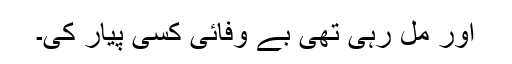
اور مل رہی تھی بے وفائی کسی پیار کی۔